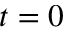
t = 0